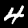
Label: 4